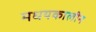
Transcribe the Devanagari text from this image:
मधयकालीन